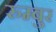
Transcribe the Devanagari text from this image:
रुम्बुर